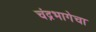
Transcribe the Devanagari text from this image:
चंद्रभागेचा